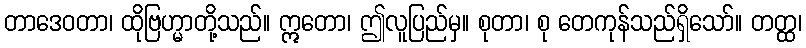
တာဒေဝတာ၊ ထိုဗြဟ္မာတို့သည်။ ဣတော၊ ဤလူပြည်မှ။ စုတာ၊ စု တေကုန်သည်ရှိသော်။ တတ္ထ၊